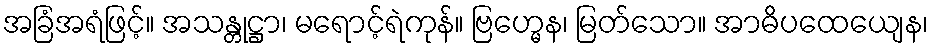
အခြံအရံဖြင့်။ အသန္တုဋ္ဌာ၊ မရောင့်ရဲကုန်။ ဗြဟ္မေန၊ မြတ်သော။ အာဓိပထေယျေန၊